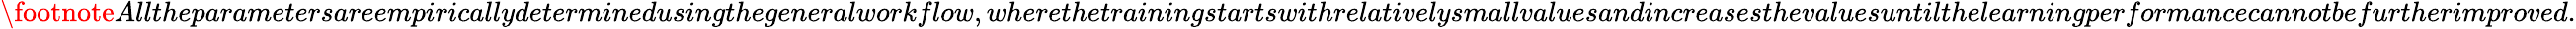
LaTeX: \footnote{Alltheparametersareempiricallydeterminedusingthegeneralworkflow,wherethetrainingstartswithrelativelysmallvaluesandincreasesthevaluesuntilthelearningperformancecannotbefurtherimproved.}